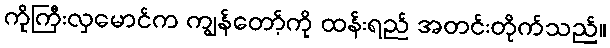
ကိုကြီးလှမောင်က ကျွန်တော့်ကို ထန်းရည် အတင်းတိုက်သည်။